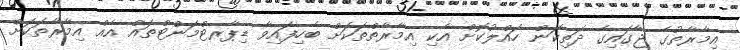
އިމާރާތުގެ ޖާގައިގެ ދަތިކަން ހައްލުކޮށް އެކި އިމާރާތްތަކަށް ބެހިފައިވާ ޑިޕާރޓްމަންޓްތައް އެއް އިމާރާތަކަށް